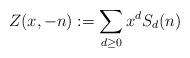
LaTeX: \begin{align*}Z(x,-n):=\sum_{d\geq 0}{x^d S_d(n)}\end{align*}